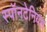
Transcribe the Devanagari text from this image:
स्पॉनटेनियस